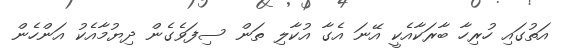
އަތުގައި ހުރިހާ ބާރަކާއެކީ އޭނަ އެގާ އުކާލި ތަން ސިފަވެގެން ދިޔުމާއެކު އަންހެން